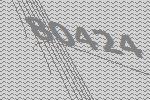
80424